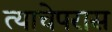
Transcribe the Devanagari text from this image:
त्याचेपरास